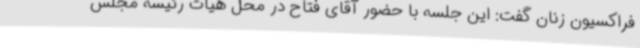
فراکسیون زنان گفت: این جلسه با حضور آقای فتاح در محل هیات رئیسه مجلس